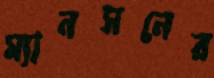
ম্যানসনের